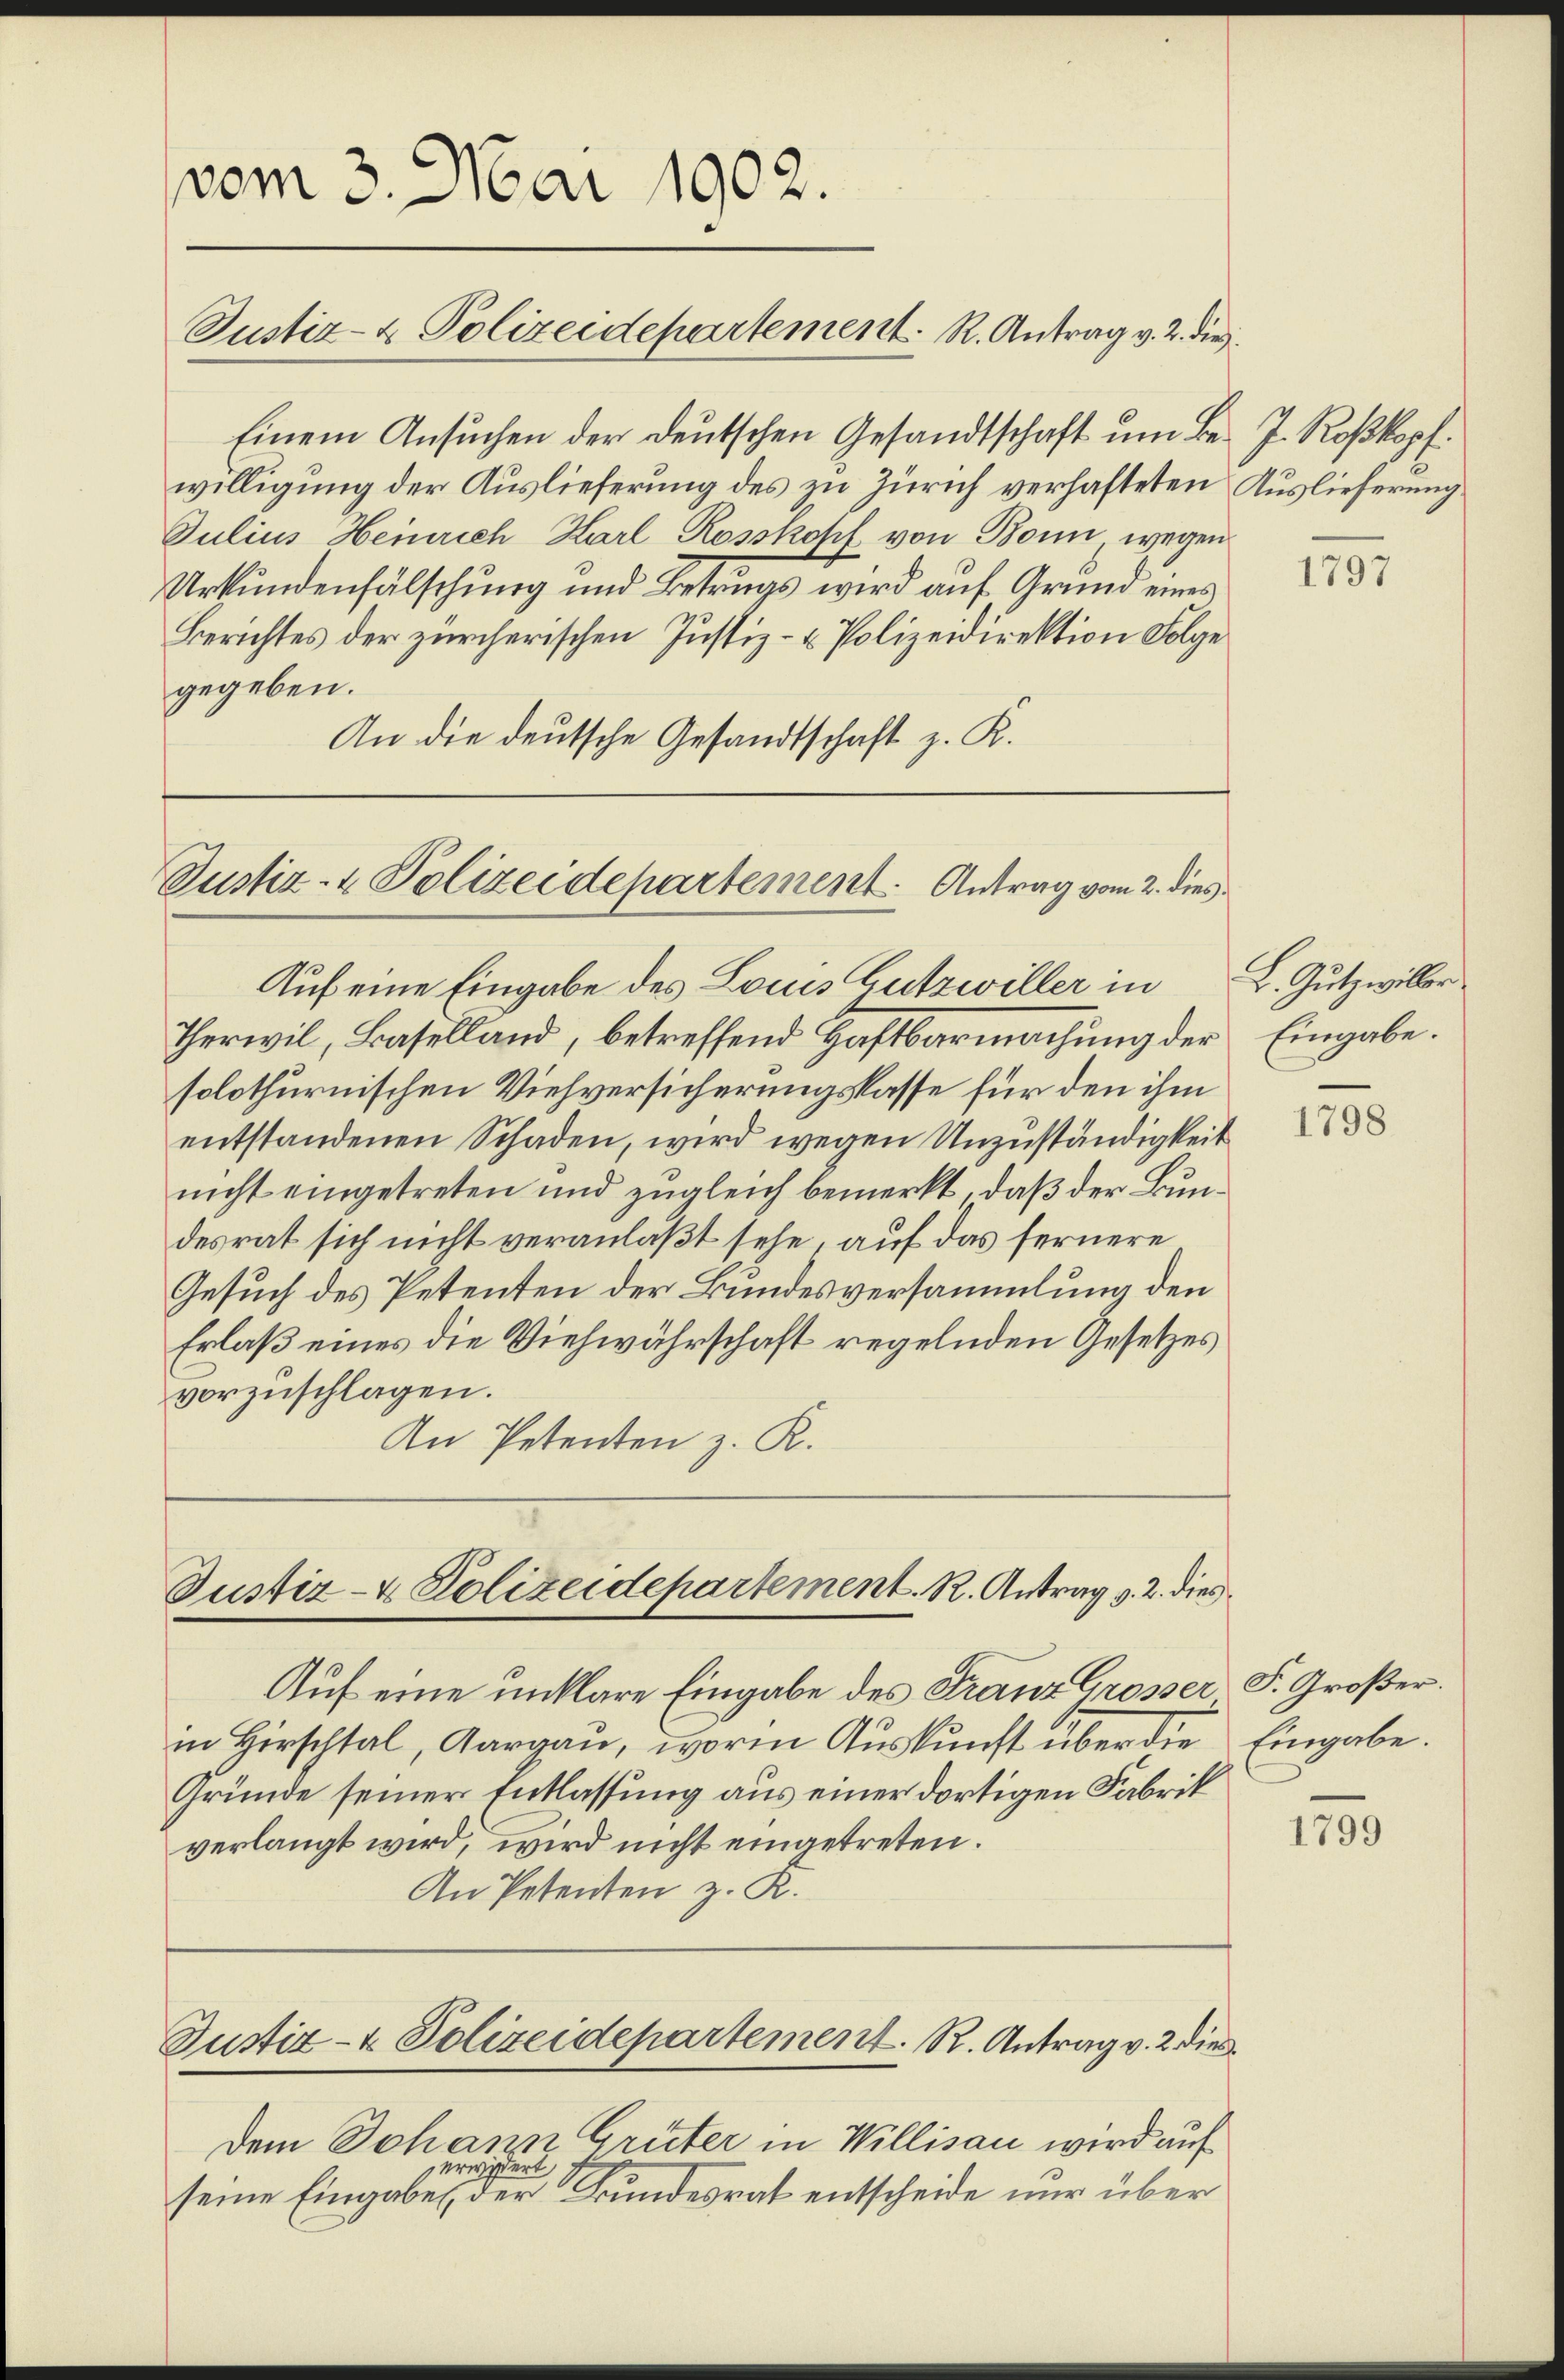
vom 3. Mai 1902.
Justiz- & Polizeidepartement. R. Antrag v. 2. die

Einem Ansuchen der deutschen Gesandtschaft um Be- J. Roßkopf.
willigung der Auslieferung des zu Zürich verhafteten Auslieferung
Julius Heinrich Karl Rosskosch von Bonn, wegen
Urkundenfälschung und Betrugs wird auf Grund eines
Berichtes der zürcherischen Justiz- & Polizeidirektion Folge
gegeben.
An die deutsche Gesandtschaft z. K.

Justiz- & Polizeidepartement. Antrag vom 2. dies

Auf eine Eingabe des Louis Gutzwiller in
Therwil, Baselland, betreffend Haftbarmachung der
solothurnischen Viehversicherungskasse für den ihm
entstandenen Schaden, wird wegen Unzuständigkeit
nicht eingetreten und zugleich bemerkt, daß der Bundesrat sich nicht veranlaßt sehe, auf das fernere
Gesuch des Petenten der Bundesversammlung den
Erlaß eines die Viehwährschaft regelnden Gesetzes
vorzuschlagen.
An Petenten z. R.

An Petenten z. R.

Justiz- & Polizeidepartement. R. Antrag v. 2. dies

Auf eine unklare Eingabe des Franz Grosser S. Großer
in Hirschtal, Aargau, worin Auskunft über die Eingabe.
Gründe seiner Entlassung aus einer dortigen Fabrik
verlangt wird, wird nicht eingetreten.
Justiz- & Polizeidepartement. R. Antrag v. 2. die
dem Johann Grüter in Willisau wird auf
erwidert
seine Eingabe, der Bundesrat entscheide nur über

1797

L. Gutzwiller
Eingabe.

1798

1799